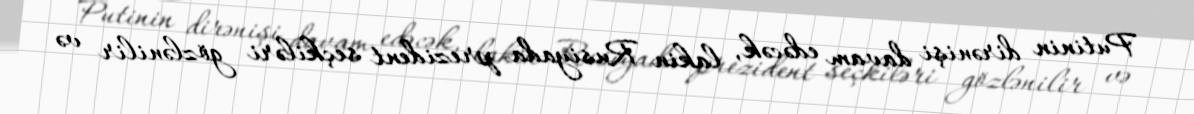
Putinin dirənişi davam edəcək, lakin Rusiyada prezident seçkiləri gözlənilir və